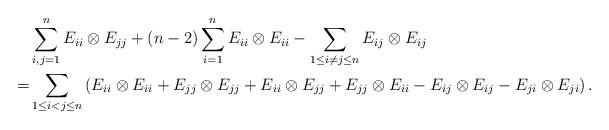
LaTeX: \begin{align*}&\sum_{i,j=1}^{n}E_{ii}\otimes E_{jj}+(n-2)\sum_{i=1}^{n}E_{ii}\otimes E_{ii}-\sum_{1\leq i\neq j\leq n}E_{ij}\otimes E_{ij}\\=&\sum_{1\leq i<j\leq n}\left(E_{ii}\otimes E_{ii}+E_{jj}\otimes E_{jj}+E_{ii}\otimes E_{jj}+E_{jj}\otimes E_{ii}-E_{ij}\otimes E_{ij}-E_{ji}\otimes E_{ji}\right).\end{align*}